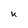
Character: U